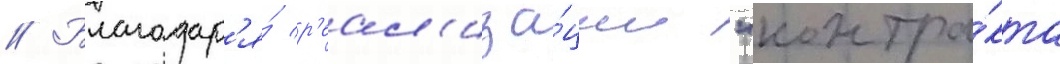
// Благодар'я́ р'еал'иза́ции "контра́кта